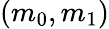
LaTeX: (m_{0},m_{1})